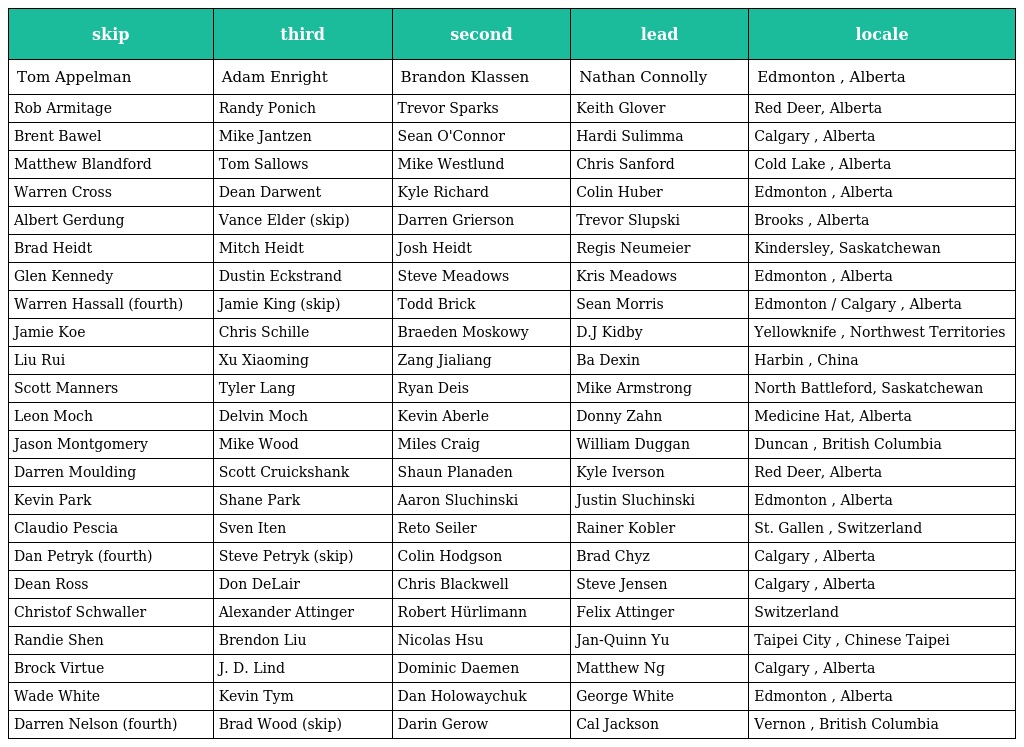
| skip | third | second | lead | locale |
 | --- | --- | --- | --- | --- |
 | Tom Appelman | Adam Enright | Brandon Klassen | Nathan Connolly | Edmonton , Alberta |
 | Rob Armitage | Randy Ponich | Trevor Sparks | Keith Glover | Red Deer, Alberta |
 | Brent Bawel | Mike Jantzen | Sean O'Connor | Hardi Sulimma | Calgary , Alberta |
 | Matthew Blandford | Tom Sallows | Mike Westlund | Chris Sanford | Cold Lake , Alberta |
 | Warren Cross | Dean Darwent | Kyle Richard | Colin Huber | Edmonton , Alberta |
 | Albert Gerdung | Vance Elder (skip) | Darren Grierson | Trevor Slupski | Brooks , Alberta |
 | Brad Heidt | Mitch Heidt | Josh Heidt | Regis Neumeier | Kindersley, Saskatchewan |
 | Glen Kennedy | Dustin Eckstrand | Steve Meadows | Kris Meadows | Edmonton , Alberta |
 | Warren Hassall (fourth) | Jamie King (skip) | Todd Brick | Sean Morris | Edmonton / Calgary , Alberta |
 | Jamie Koe | Chris Schille | Braeden Moskowy | D.J Kidby | Yellowknife , Northwest Territories |
 | Liu Rui | Xu Xiaoming | Zang Jialiang | Ba Dexin | Harbin , China |
 | Scott Manners | Tyler Lang | Ryan Deis | Mike Armstrong | North Battleford, Saskatchewan |
 | Leon Moch | Delvin Moch | Kevin Aberle | Donny Zahn | Medicine Hat, Alberta |
 | Jason Montgomery | Mike Wood | Miles Craig | William Duggan | Duncan , British Columbia |
 | Darren Moulding | Scott Cruickshank | Shaun Planaden | Kyle Iverson | Red Deer, Alberta |
 | Kevin Park | Shane Park | Aaron Sluchinski | Justin Sluchinski | Edmonton , Alberta |
 | Claudio Pescia | Sven Iten | Reto Seiler | Rainer Kobler | St. Gallen , Switzerland |
 | Dan Petryk (fourth) | Steve Petryk (skip) | Colin Hodgson | Brad Chyz | Calgary , Alberta |
 | Dean Ross | Don DeLair | Chris Blackwell | Steve Jensen | Calgary , Alberta |
 | Christof Schwaller | Alexander Attinger | Robert Hürlimann | Felix Attinger | Switzerland |
 | Randie Shen | Brendon Liu | Nicolas Hsu | Jan-Quinn Yu | Taipei City , Chinese Taipei |
 | Brock Virtue | J. D. Lind | Dominic Daemen | Matthew Ng | Calgary , Alberta |
 | Wade White | Kevin Tym | Dan Holowaychuk | George White | Edmonton , Alberta |
 | Darren Nelson (fourth) | Brad Wood (skip) | Darin Gerow | Cal Jackson | Vernon , British Columbia |